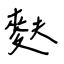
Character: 麩